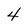
Character: 4